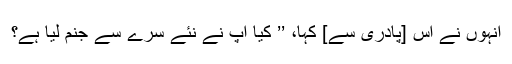
اُنہوں نے اُس [پادری سے] کہا، ’’ کیا آپ نے نئے سرے سے جنم لیا ہے؟